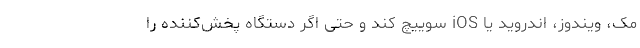
مک، ویندوز، اندروید یا iOS سوییچ کند و حتی اگر دستگاه پخش‌کننده را